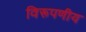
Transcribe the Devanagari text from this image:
विरूपणीय